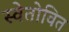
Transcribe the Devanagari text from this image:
स्वेतोवित